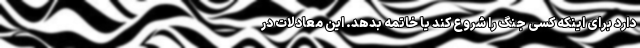
دارد برای اینکه کسی جنگ را شروع کند یا خاتمه بدهد. این معادلات در